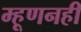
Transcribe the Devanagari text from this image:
म्हूणनही